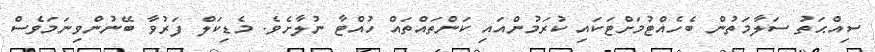
ސިއްޙަތު ސަލާމަތުން ބެހެއްޓުމަށްޓަކައި ކުރަމުންއައި ކަންތައްތައް ހުއްޓާ ނުލާށެވެ. މެޑިކަލް ފަރުވާ ބޭނުންވިނަމަވެސް